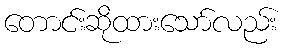
တောင်းဆိုထားသော်လည်း